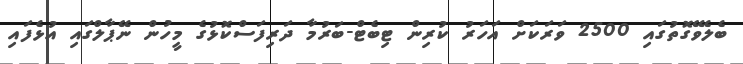
ބެލެވޭގޮތުގައި 2500 ވަރަކަށް އަހަރު ކުރިން ޓިބެޓް-ބަރުމާ ދަރިފަސްކޮޅުގެ މީހުން ނޭޕާލްގައި އުޅެފައި